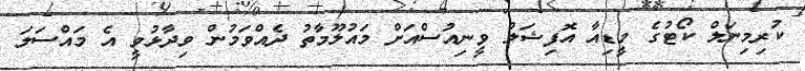
ކުރިމިނަލް ކޯޓުގެ މީޑިއާ އޮފިޝަލް ވީނިއުސްއަށް މައުލޫމާތު ދެއްވަމުން ވިދާޅުވީ އެ މައްސަލަ